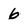
Character: 6